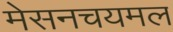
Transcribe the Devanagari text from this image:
मेसनचयमल